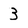
Character: 3